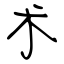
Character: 术